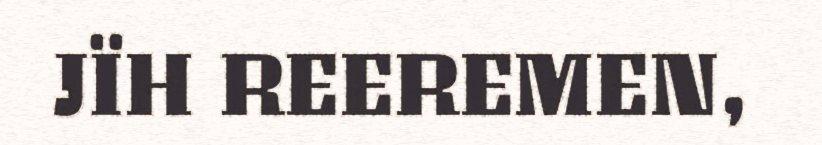
JÏH REEREMEN,